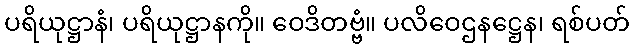
ပရိယုဋ္ဌာနံ၊ ပရိယုဋ္ဌာနကို။ ဝေဒိတဗ္ဗံ။ ပလိဝေဌနဋ္ဌေန၊ ရစ်ပတ်